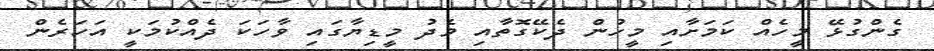
ގެންގުޅޭ މީހެއް ކަމަށާއި މީހުން ދެކޭގޮތާއި މެދު މީޑިޔާގައި ވާހަކަ ދެއްކުމަކީ އަހަރެން